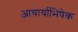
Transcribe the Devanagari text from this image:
आचार्याभिषेक